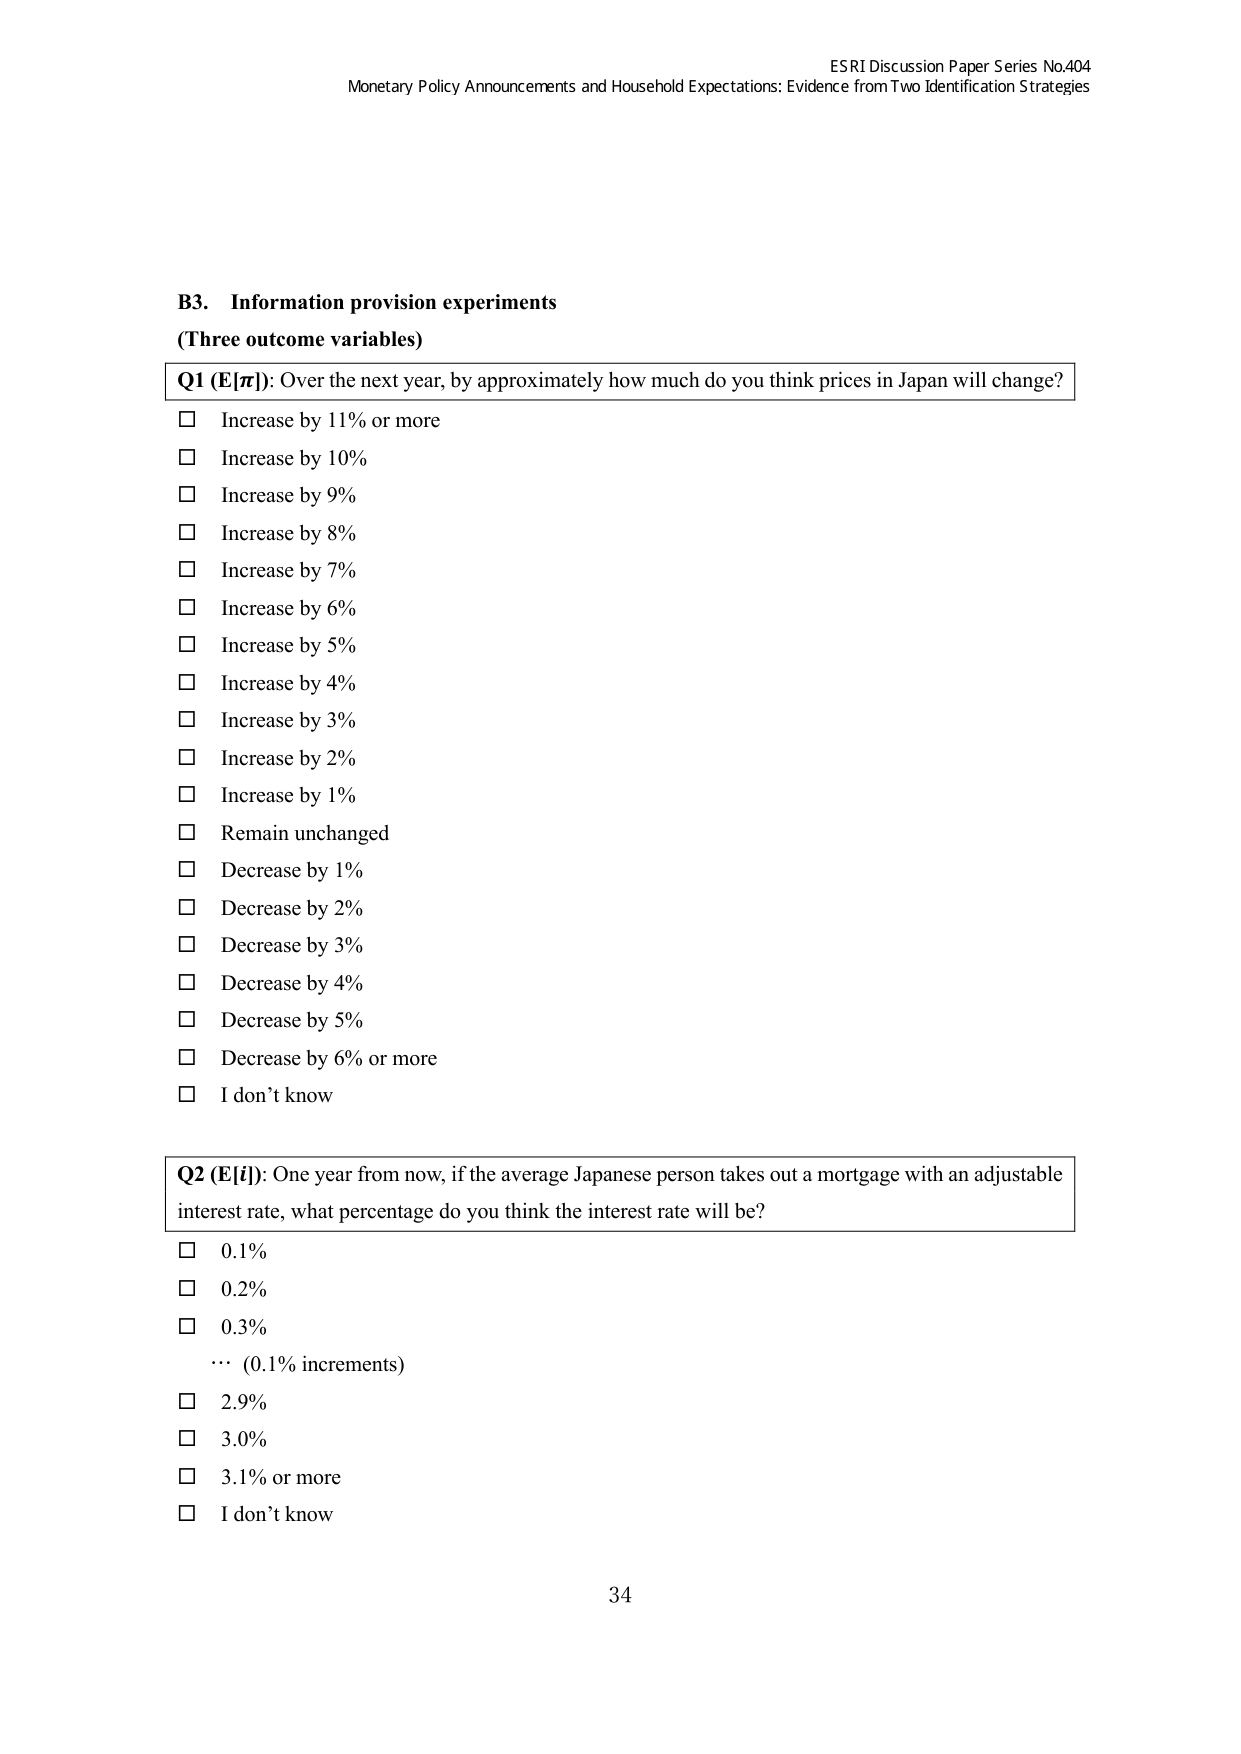
ESRI Discussion Paper Series No.404
Monetary Policy Announcements and Household Expectations: Evidence from Two Identification Strategies

B3. Information provision experiments
(Three outcome variables)

Q1 (E[π]): Over the next year, by approximately how much do you think prices in Japan will change?
□ Increase by 11% or more
□ Increase by 10%
□ Increase by 9%
□ Increase by 8%
□ Increase by 7%
□ Increase by 6%
□ Increase by 5%
□ Increase by 4%
□ Increase by 3%
□ Increase by 2%
□ Increase by 1%
□ Remain unchanged
□ Decrease by 1%
□ Decrease by 2%
□ Decrease by 3%
□ Decrease by 4%
□ Decrease by 5%
□ Decrease by 6% or more
□ I don’t know

Q2 (E[i]): One year from now, if the average Japanese person takes out a mortgage with an adjustable interest rate, what percentage do you think the interest rate will be?
□ 0.1%
□ 0.2%
□ 0.3%
… (0.1% increments)
□ 2.9%
□ 3.0%
□ 3.1% or more
□ I don’t know

34